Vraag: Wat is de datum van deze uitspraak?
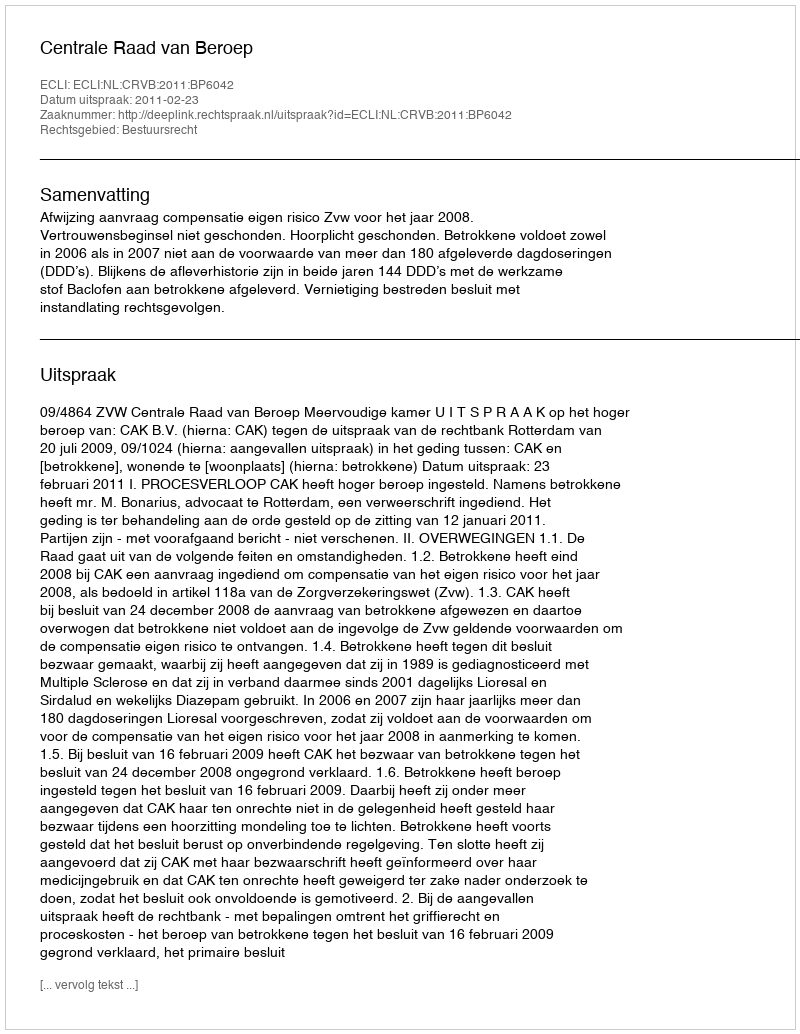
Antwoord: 2011-02-23